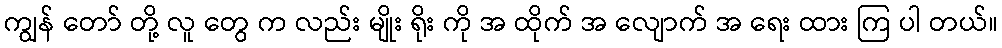
ကျွန် တော် တို့ လူ တွေ က လည်း မျိုး ရိုး ကို အ ထိုက် အ လျောက် အ ရေး ထား ကြ ပါ တယ်။